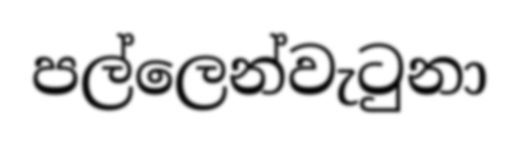
පල්ලෙන්වැටුනා